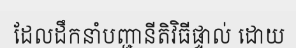
ដែលដឹកនាំបញ្ជានីតិវិធីផ្ទាល់ ដោយ